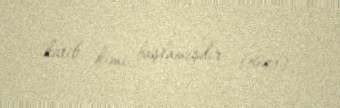
katib kimi başlamışdır (1941).